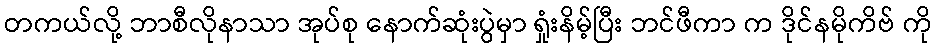
တကယ်လို့ ဘာစီလိုနာသာ အုပ်စု နောက်ဆုံးပွဲမှာ ရှုံးနိမ့်ပြီး ဘင်ဖီကာ က ဒိုင်နမိုကိဗ် ကို